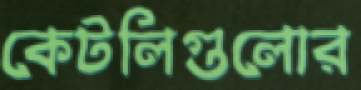
কেটলিগুলোর